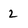
Character: 2